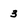
Character: 3